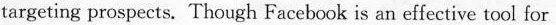
targeting prospects. Though Facebook is an effective toul for